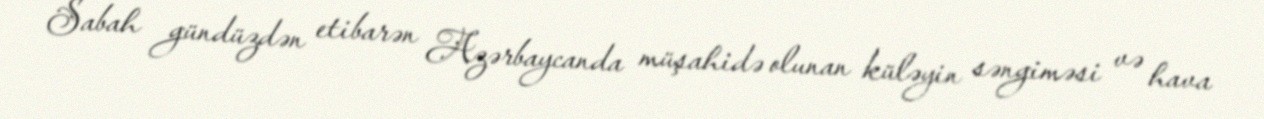
Sabah gündüzdən etibarən Azərbaycanda müşahidə olunan küləyin səngiməsi və hava